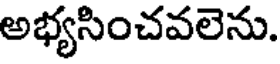
అభ్యసించవలెను.